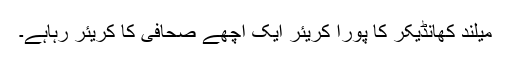
میلند کھانڈیکر کا پورا کریئر ایک اچھے صحافی کا کریئر رہاہے۔